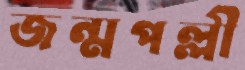
জন্মপল্লী